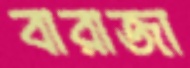
বারাজা